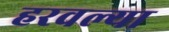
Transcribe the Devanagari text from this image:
हरवल्या